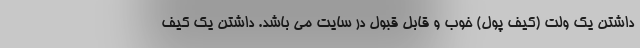
داشتن یک ولت (کیف پول) خوب و قابل قبول در سایت می باشد. داشتن یک کیف